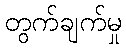
တွက်ချက်မှု